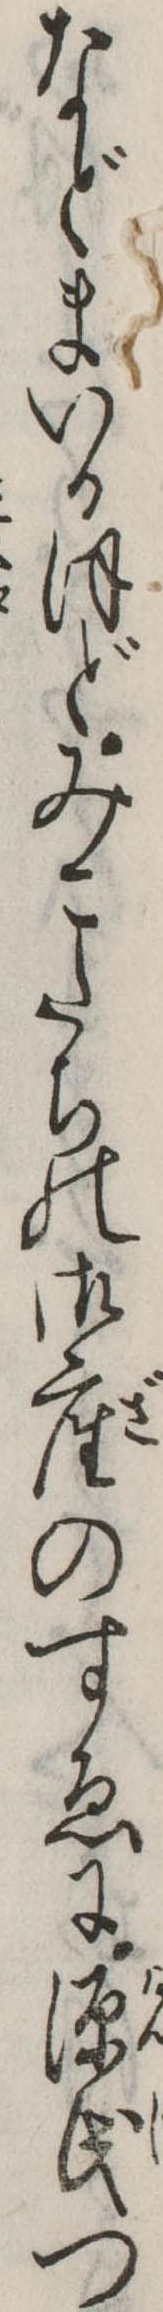
などまいるほどみこたちの御座のすゑに源氏つ